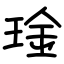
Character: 琻